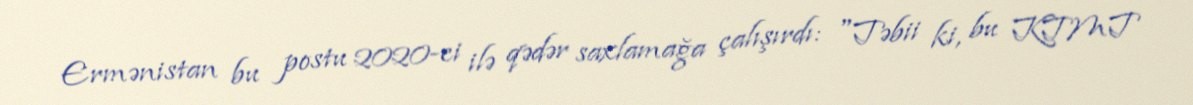
Ermənistan bu postu 2020-ci ilə qədər saxlamağa çalışırdı: "Təbii ki, bu KTMT